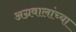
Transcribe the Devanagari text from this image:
अग्रवालांच्या